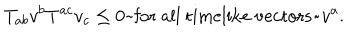
T _ { a b } v ^ { b } T ^ { a c } v _ { c } \leq 0 \mathrm { ~ f o r ~ a l l ~ t i m e l i k e ~ v e c t o r s ~ } v ^ { a } .